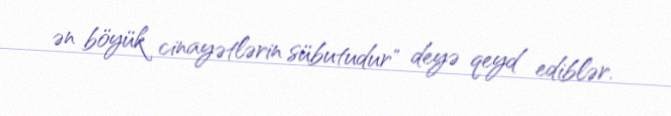
ən böyük cinayətlərin sübutudur" deyə qeyd ediblər.